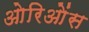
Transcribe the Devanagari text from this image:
ओरिओंस